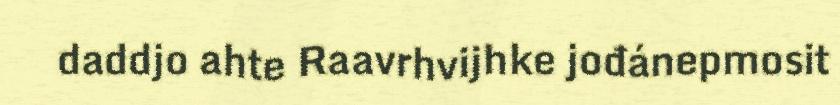
daddjo ahte Raavrhvijhke jođánepmosit